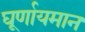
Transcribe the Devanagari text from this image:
घूर्णायमान